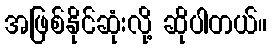
အဖြစ်နိုင်ဆုံးလို့ ဆိုပါတယ်။